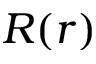
R ( r )